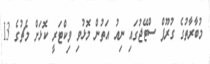
މުބާރާތުގެ ގުރޫޕް ސްޓޭޖުގައި ނިއު އަތުން މޮޅުވި ވިކްޓަރީ ކޮޅަށް މެޗުގެ 13